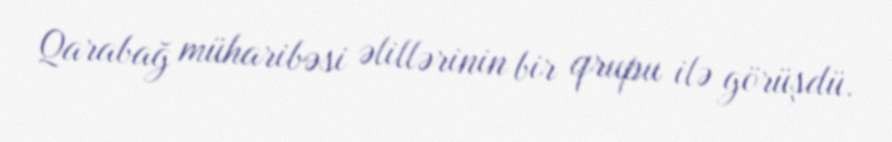
Qarabağ müharibəsi əlillərinin bir qrupu ilə görüşdü.